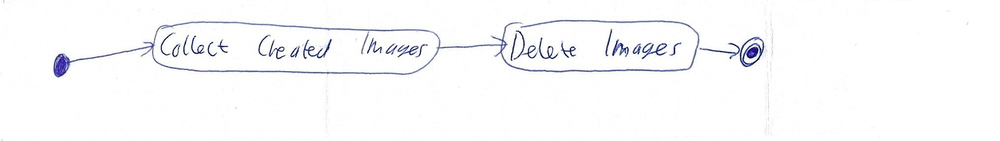
Diagram type: activity_diagram
```plantuml
@startuml

start

:Collect Created Images;

:Delete Images;

stop

@enduml
```